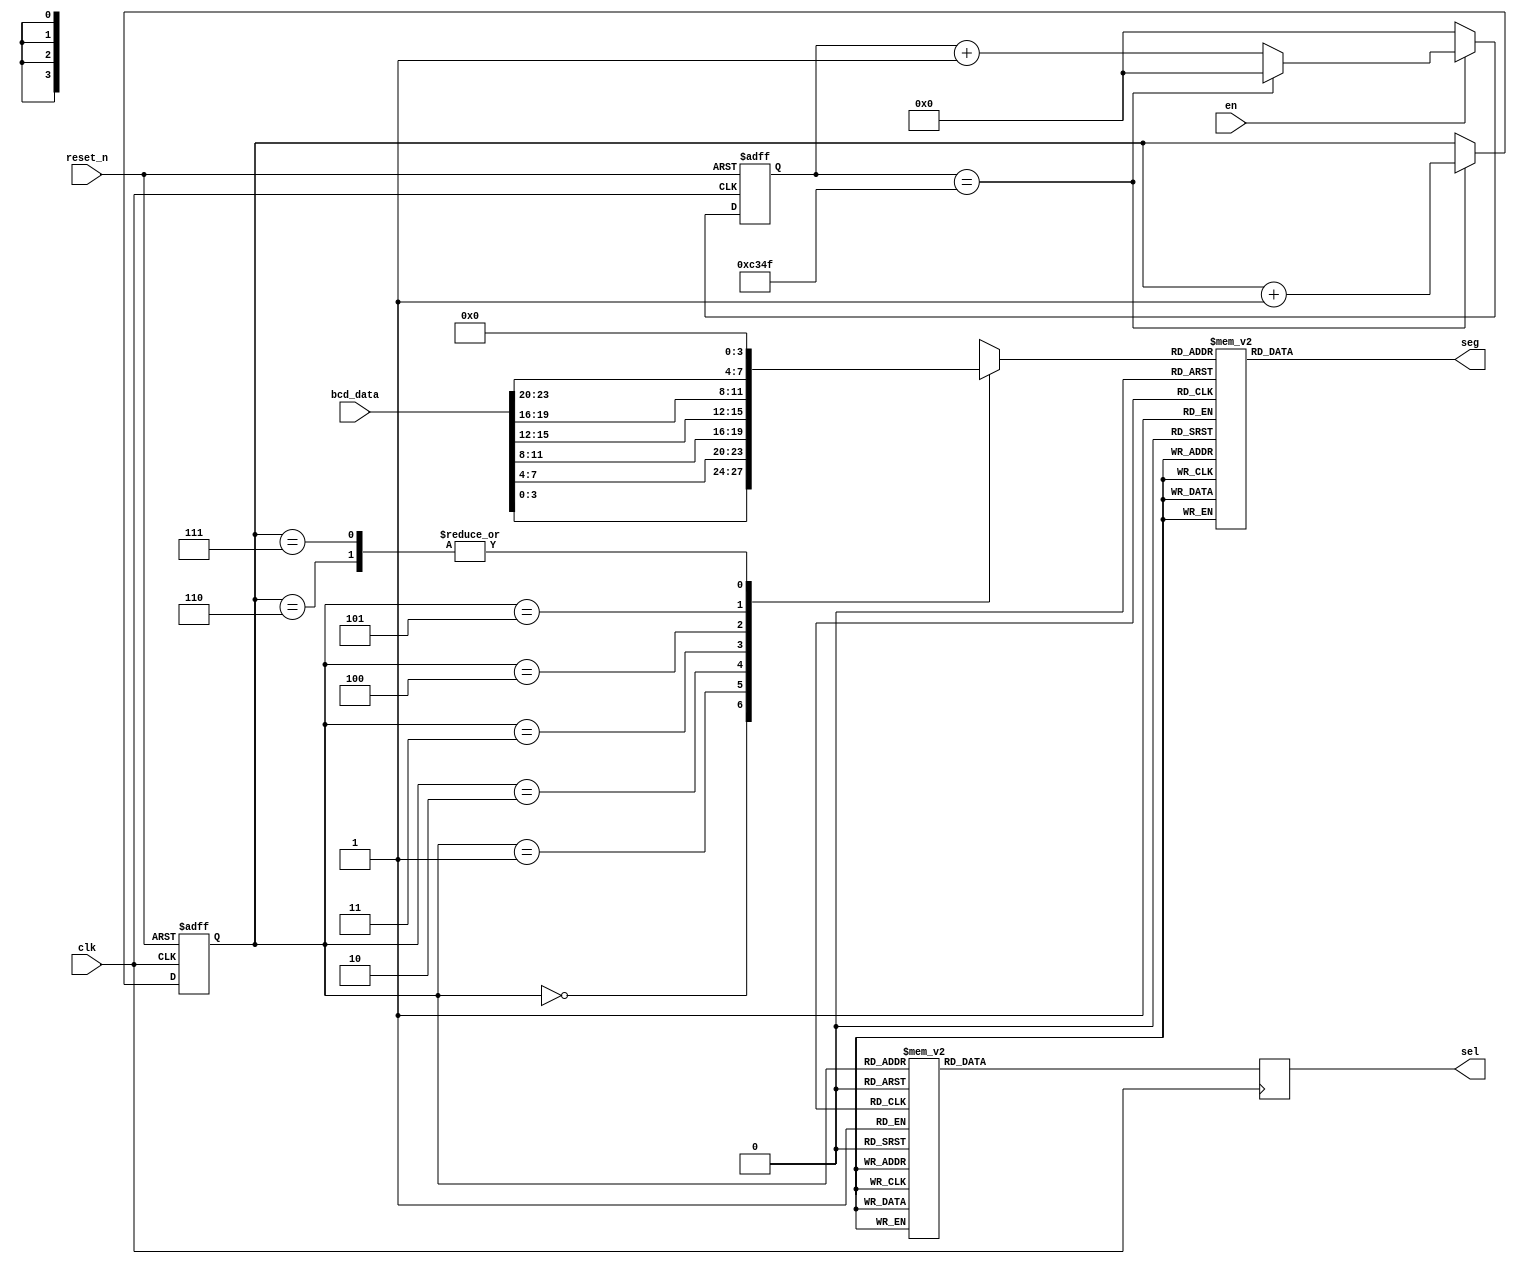

//////////////////////////////////////////////////////////////////////////////////
module hex8(
	input wire clk,	//50M
	input wire reset_n,
	input wire en,//10
	input wire   [23:0]  bcd_data,
	
	output reg [7:0] sel,//
	output reg [7:0] seg//
);
    wire reset;
	assign reset=~reset_n;
	
    wire [31:0] disp_data;
	assign disp_data = {8'd0,bcd_data};	
	
	parameter CLOCK_FREQ = 50_000_000;
	parameter TURE_FREQ = 1000;
	parameter MCNT = CLOCK_FREQ/TURE_FREQ -1;
	
	reg [29:0]divider_cnt;//25000-1
	reg [3:0]data_tmp;//

//	
	always@(posedge clk or posedge reset)
	if(reset)
		divider_cnt <= 30'd0;
	else if(!en)
		divider_cnt <= 30'd0;
	else if(divider_cnt == MCNT)
		divider_cnt <= 30'd0;
	else
		divider_cnt <= divider_cnt + 1'b1;
		
    reg [2:0] cnt_sel;
	always@(posedge clk or posedge reset)
	if(reset)
	   cnt_sel <= 0;
    else if(divider_cnt == MCNT)
        cnt_sel <= cnt_sel + 1'd1;

    always@(posedge clk)
        case(cnt_sel)
            0:sel <= 8'b0000_0001;
            1:sel <= 8'b0000_0010;
            2:sel <= 8'b0000_0100;           
            3:sel <= 8'b0000_1000;
            4:sel <= 8'b0001_0000;
            5:sel <= 8'b0010_0000;
            6:sel <= 8'b0100_0000;
            7:sel <= 8'b1000_0000;
        endcase

	always@(*)
		case(cnt_sel)
			0:data_tmp = disp_data[3:0];
			1:data_tmp = disp_data[7:4];
			2:data_tmp = disp_data[11:8];
			3:data_tmp = disp_data[15:12];
			4:data_tmp = disp_data[19:16];
			5:data_tmp = disp_data[23:20];
			6:data_tmp = disp_data[27:24];
			7:data_tmp = disp_data[31:28];
			default:data_tmp = 4'b0000;
		endcase
		
	always@(*)
		case(data_tmp)
			4'h0:seg = 8'b1100_0000;
			4'h1:seg = 8'b1111_1001;
			4'h2:seg = 8'b1010_0100;
			4'h3:seg = 8'b1011_0000;
			4'h4:seg = 8'b1001_1001;
			4'h5:seg = 8'b1001_0010;
			4'h6:seg = 8'b1000_0010;
			4'h7:seg = 8'b1111_1000;
			4'h8:seg = 8'b1000_0000;
			4'h9:seg = 8'b1001_0000;
			4'ha:seg = 8'b1000_1000;
			4'hb:seg = 8'b1000_0011;
			4'hc:seg = 8'b1100_0110;
			4'hd:seg = 8'b1010_0001;
			4'he:seg = 8'b1000_0110;
			4'hf:seg = 8'b1000_1110;
		endcase

endmodule